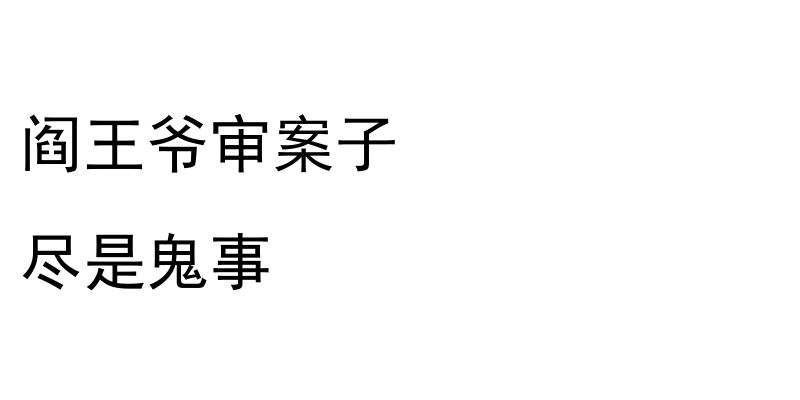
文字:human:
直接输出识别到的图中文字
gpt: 阎王爷审案子 尽是鬼事